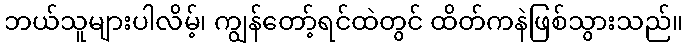
ဘယ်သူများပါလိမ့်၊ ကျွန်တော့်ရင်ထဲတွင် ထိတ်ကနဲဖြစ်သွားသည်။